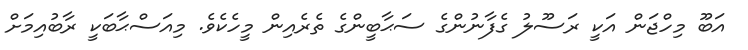
އަބޫ މިހްޖަން އަކީ ރަސޫލު ގެފާނުންގެ ސަޙާބީންގެ ތެރެއިން މީހެކެވެ. މިއަސްޙާބަކީ ރާބުއިމަށް